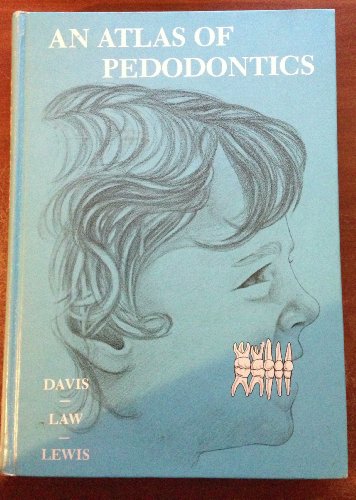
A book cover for Atlas of Paedodontics; David B. Law; Medical Books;